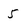
Character: 5